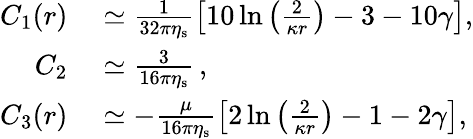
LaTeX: \begin{array}{rl}{C_{1}(r)}&{{}\simeq\frac{1}{32\pi\eta_{\mathrm{s}}}\left[10\ln\left(\frac{2}{\kappa r}\right)-3-10\gamma\right],}\\ {C_{2}}&{{}\simeq\frac{3}{16\pi\eta_{\mathrm{s}}}\, ,}\\ {C_{3}(r)}&{{}\simeq-\frac{\mu}{16\pi\eta_{\mathrm{s}}}\left[2\ln\left(\frac{2}{\kappa r}\right)-1-2\gamma\right],}\end{array}